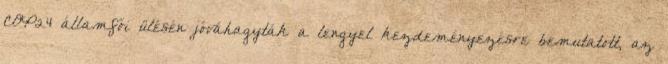
COP24 államfői ülésén jóváhagyták a lengyel kezdeményezésre bemutatott, az